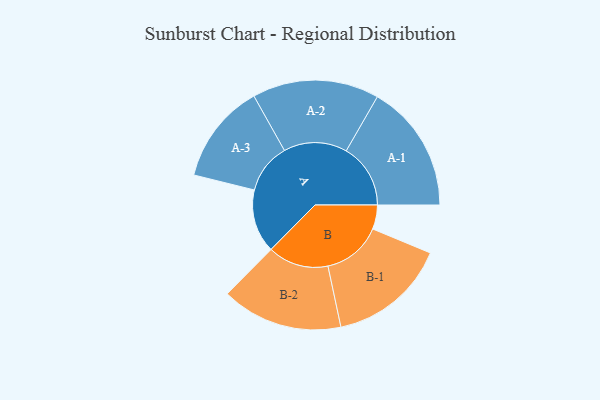
{"axis": {"x": "Segment", "y": "Value"}, "legend": ["", "A", "B"], "data": [{"x": "A", "y": 281, "type": ""}, {"x": "B", "y": 107, "type": ""}, {"x": "A-1", "y": 285, "type": "A"}, {"x": "A-2", "y": 281, "type": "A"}, {"x": "A-3", "y": 222, "type": "A"}, {"x": "B-1", "y": 263, "type": "B"}, {"x": "B-2", "y": 269, "type": "B"}]}